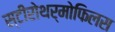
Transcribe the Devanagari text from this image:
स्टीरोथर्मोफिलस